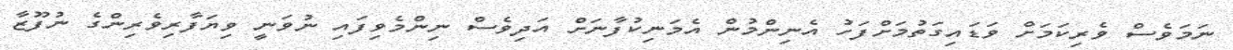
ނަމަވެސް ވެރިކަމަށް ވަޑައިގަތުމަށްފަހު އެނިންމުން އެމަނިކުފާނަށް އަދިވެސް ނިންމެވިފައި ނުވަނީ ވިޔަފާރިވެރިންގެ ނުފޫޒާ